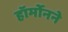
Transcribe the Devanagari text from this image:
हॉर्मोनने